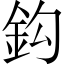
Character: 鈎